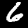
Digit: 6